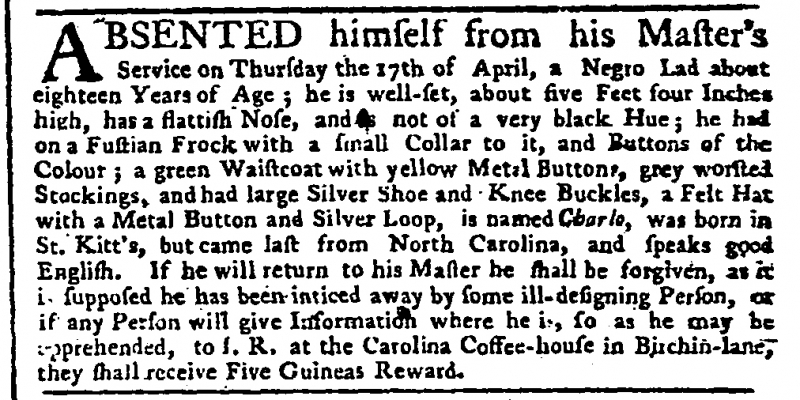
Public Advertiser, 6 May 1755 (England)
ABSENTED himself from his Master’s Service on Thursday 17th of April, a Negro Lad about eighteen Years of Age; he is well-set, about five Feet four Inches high, has a flattish Nose, and is not of a very black Hue; he had on a Fustian Frock with a small Collar to it, and Buttons of the Colour; a green Waistcoat with yellow Metal Buttons, grey worsted Stockings, and had large Silver Shoe and Knee Buckles, a Felt Hat with a Metal Button and Silver Loop, is named Charlo, was born in St Kitt's, but came last from North Carolina, and speaks good English. If he will return to his Master he shall be forgiven, as it i[s] supposed he has been inticed away by some ill-designing Person, or if any Person will give Information where he is, so as he may be apprehended, to J. R. at the Carolina Coffee-house in Birchin-lane, they shall receive Five Guineas Reward.